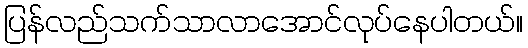
ပြန်လည်သက်သာလာအောင်လုပ်နေပါတယ်။